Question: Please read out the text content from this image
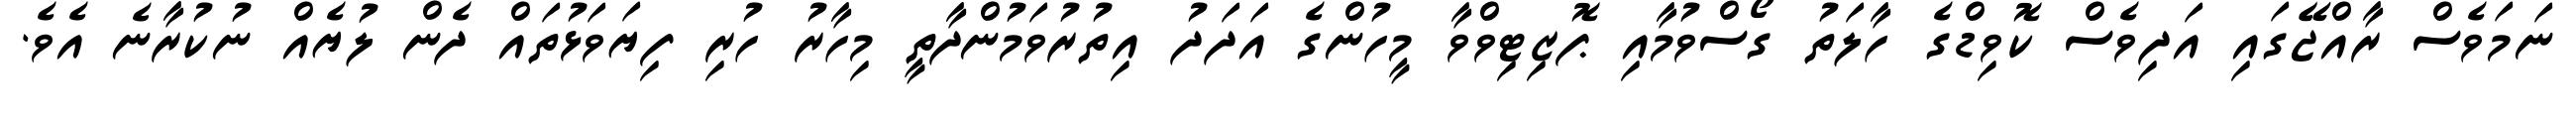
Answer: ނަމަވެސް ރާއްޖޭގައި އަދިވެސް ކޮވިޑްގެ ހާލަތު ގޯސްވުމާއި ޕޮޒިޓިވްވާ މީހުންގެ އަދަދު އިތުރުވަމުންދާތީ މިހާރު ހުރި ފިޔަވަޅުތައް ދެން ލުޔެއް ނުކުރާނެ އެވެ.